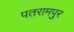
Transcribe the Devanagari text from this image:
पतरामपुर